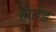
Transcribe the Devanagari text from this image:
हातेड